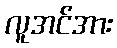
လူအင်အား